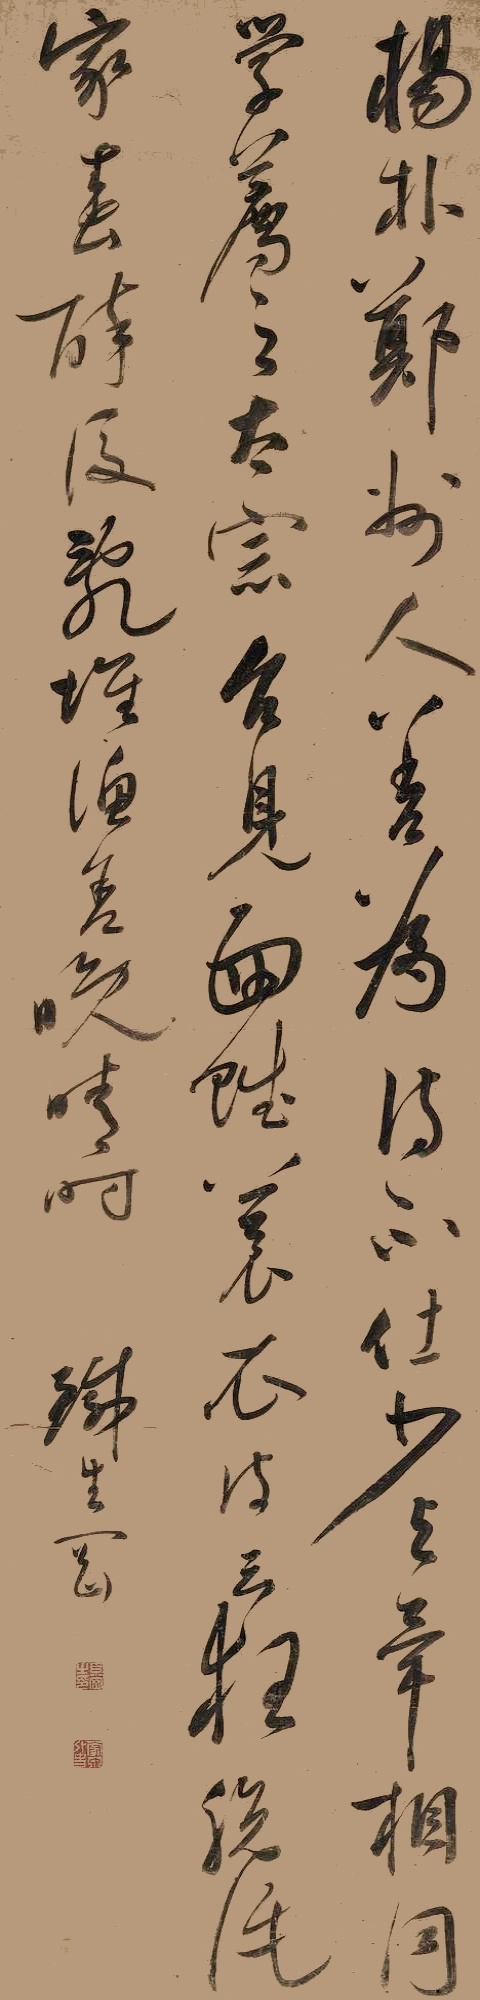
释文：杨朴，郑州人，善为诗，不仕。少与毕相同学，荐之，太宗召见，面赋蓑衣诗云：狂脱酒家春醉后，乱堆渔舍晚晴时。铁生冈。